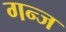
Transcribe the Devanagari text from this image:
गन्ज